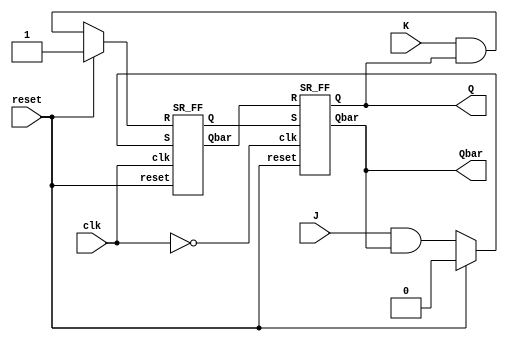
`timescale 1ns / 1ps

//using jk ff
module master_slave_jk(input J,K,input clk,input reset,output Q,Qbar);
  wire Qm,Qmbar;
  wire J1,K1,clk_n,J2,K2;
  assign J1 = J & Qbar;
  assign K1 = K & Q;
  assign J2 = reset ? 0:J1;
  assign K2 = reset ? 1:K1;
  assign clk_n = ~clk;
  SR_FF master(J2,K2,clk,reset,Qm,Qmbar);
  SR_FF slave(Qm,Qmbar,clk_n,reset,Q,Qbar);
    
endmodule

module SR_FF( S, R, clk,  reset,  Q, Qbar);
    input S,R,clk,reset;
    output Q,Qbar;
    reg Q;
    assign Qbar = ~Q;
    always@(posedge clk) begin;
        if(reset) Q<=0;
        else begin
            case({S,R})
                2'b00:Q<=Q;
                2'b01:Q<=1'b0;
                2'b10:Q<=1'b1;
                2'b11:Q<=1'bx;
            endcase
        end
        
    end

endmodule